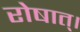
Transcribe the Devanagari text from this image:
रोषात्।